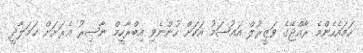
ހަމައެހެންމެ ރާއްޖޭގެ ވަޒީރުލް އަޢުޟަމު އަކަށް ހުންނެވި އިބްރާހީމް ނާޞިރު އެރަށަށް ޙަމަލާދީ